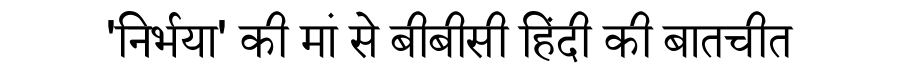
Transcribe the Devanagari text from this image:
'निर्भया' की मां से बीबीसी हिंदी की बातचीत